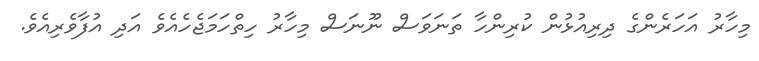
މިހާރު އަހަރެންގެ ދިރިއުޅުން ކުރިންހާ ތަނަވަސް ނޫނަސް މިހާރު ހިތްހަމަޖެހެއެވެ އަދި އުފާވެރިއެވެ.